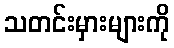
သတင်းမှားများကို